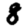
Digit: 8